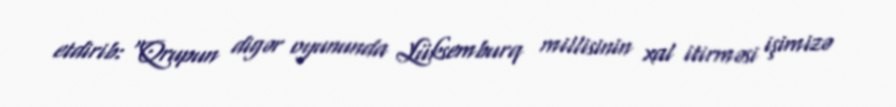
etdirib: “Qrupun digər oyununda Lüksemburq millisinin xal itirməsi işimizə